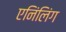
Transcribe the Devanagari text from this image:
एनिंलिंग